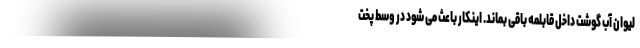
لیوان آب گوشت داخل قابلمه باقی بماند. اینکار باعث می شود در وسط پخت